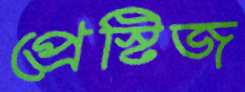
প্রেস্টিজ